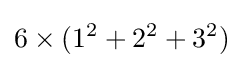
6\times (1^{2}+2^{2}+3^{2})